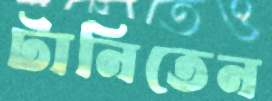
টানিতেন